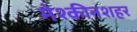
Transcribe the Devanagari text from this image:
मेश्कीनशहर